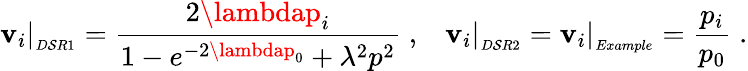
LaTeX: \mathbf{v}_{i}\vert_{_{D\mathcal{S}R1}}=\frac{{2\lambdap_{i}}}{{1-e^{-2\lambdap_{0}}+\lambda^{2}p^{2}}}\; ,\; \; \; \mathbf{v}_{i}\vert_{_{D\mathcal{S}R2}}=\mathbf{v}_{i}\vert_{_{Example}}=\frac{{p_{i}}}{{p_{0}}}\; .